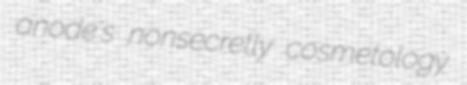
anode's nonsecretly cosmetology